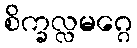
စိက္ခလ္လမဂ္ဂေ